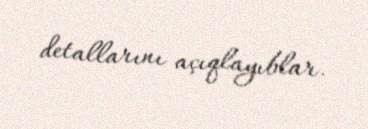
detallarını açıqlayıblar.